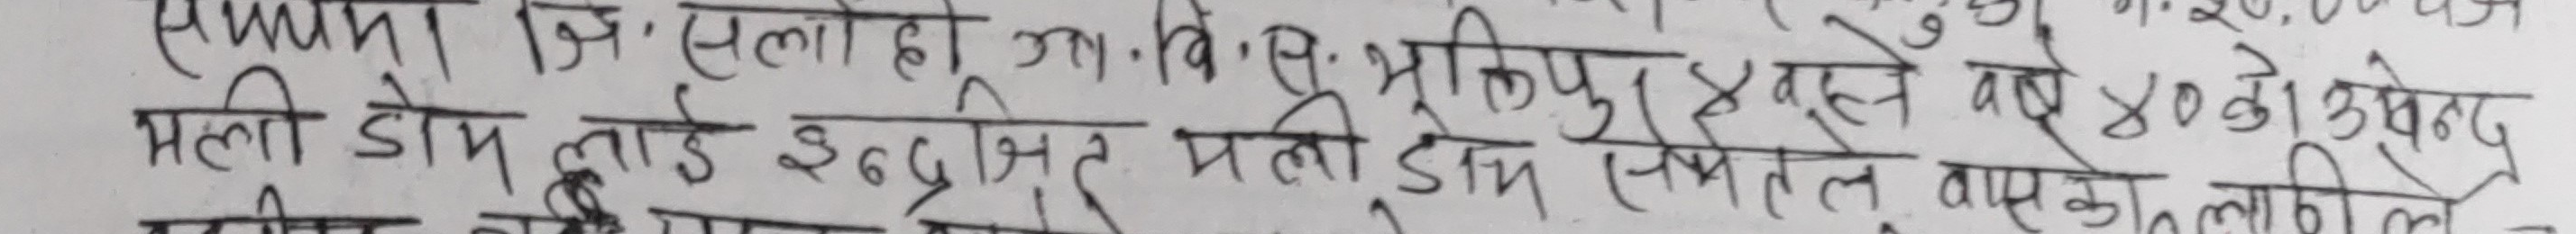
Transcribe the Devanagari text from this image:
समयमा जि. सलाहा गा.वि.स. भूक्तिपुर ४मूहले वर्ष ४० को
मली डोम लाई इन्द्रजित मली डाय समेतले वासको लागि